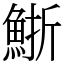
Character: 䱑